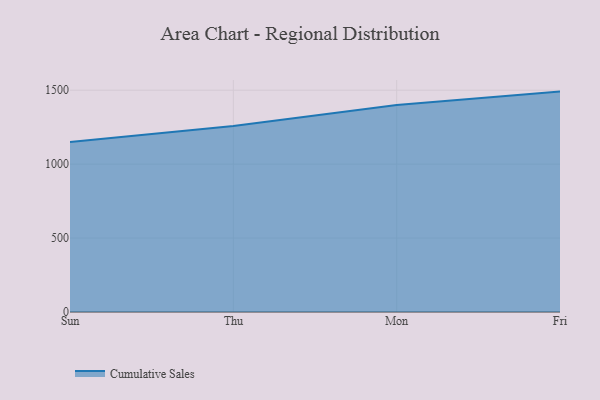
{"axis": {"x": "Day", "y": "Page Views"}, "legend": ["Cumulative Sales"], "data": [{"x": "Sun", "y": 1149.1, "type": "Cumulative Sales"}, {"x": "Thu", "y": 1258.7, "type": "Cumulative Sales"}, {"x": "Mon", "y": 1400.7, "type": "Cumulative Sales"}, {"x": "Fri", "y": 1490.6, "type": "Cumulative Sales"}]}